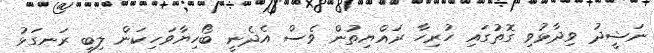
ނަޝީދު ވިދާޅުވި ގޮތުގައި ހުރިހާ ރައްޔިތުން ވެސް އެދެނީ ބޯހިޔާވަހިކަން ލިބި ރަނގަޅު